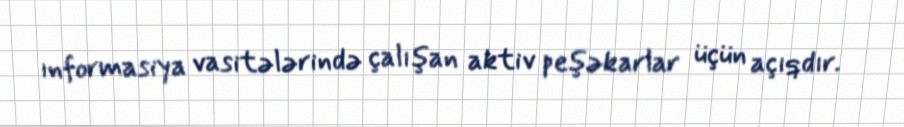
ınformasiya vasitələrində çalışan aktiv peşəkarlar üçün açıqdır.